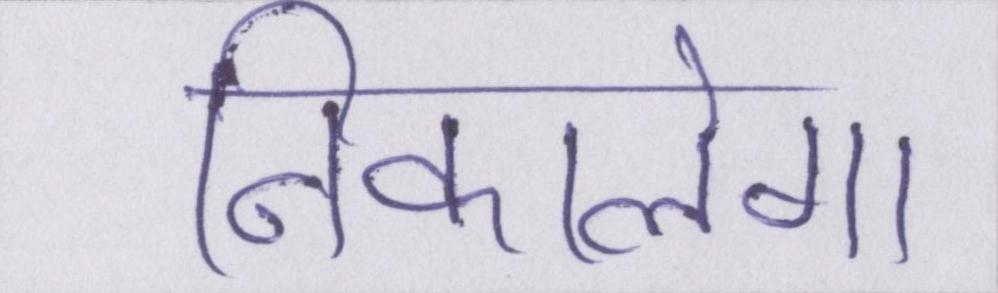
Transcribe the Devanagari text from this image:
निकालेगा